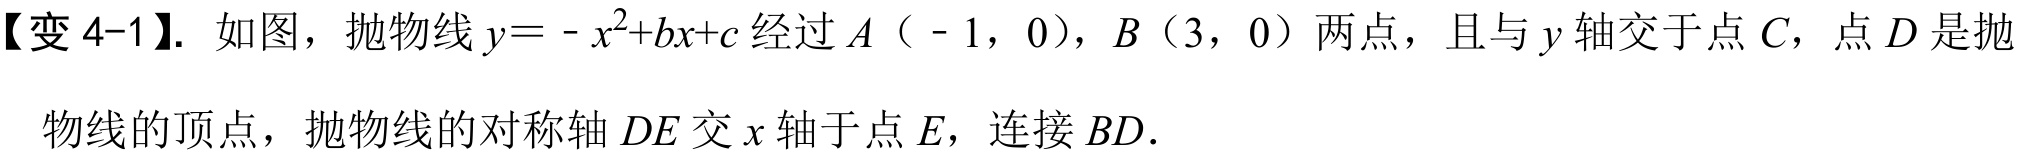
【变 4-1】. 如图，抛物线\(y=-x^{2}+bx + c\)经过\(A（-1，0）\)，\(B（3，0）\)两点，且与\(y\)轴交于点\(C\)，点\(D\)是抛
物线的顶点，抛物线的对称轴\(DE\)交\(x\)轴于点\(E\)，连接\(BD\)．